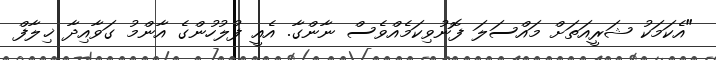
"އެކަމަކު ޝަރީއަތަށް މައްސަލަ ފޮނުވިކަމެއްވެސް ނާންގާ. އެއީ ފުލުހުންގެ އާންމު ގަވާއިދާ ޚިލާފް